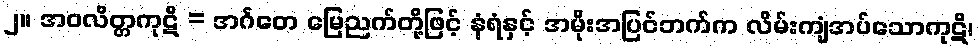
၂။ အဝလိတ္တကုဋိ = အင်္ဂတေ မြေညက်တို့ဖြင့် နံရံနှင့် အမိုးအပြင်ဘက်က လိမ်းကျံအပ်သောကုဋိ၊